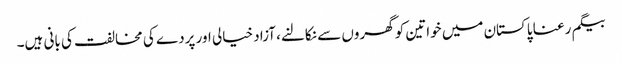
بیگم رعنا پاکستان میں خواتین کو گھروں سے نکالنے، آزاد خیالی اور پردے کی مخالفت کی بانی ہیں۔